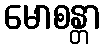
မောစန္တာ